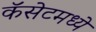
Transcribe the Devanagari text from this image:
कॅसेटमध्ये